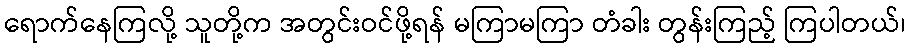
ရောက်နေကြလို့ သူတို့က အတွင်းဝင်ဖို့ရန် မကြာမကြာ တံခါး တွန်းကြည့် ကြပါတယ်၊